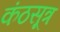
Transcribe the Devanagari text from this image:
कंठसूत्र